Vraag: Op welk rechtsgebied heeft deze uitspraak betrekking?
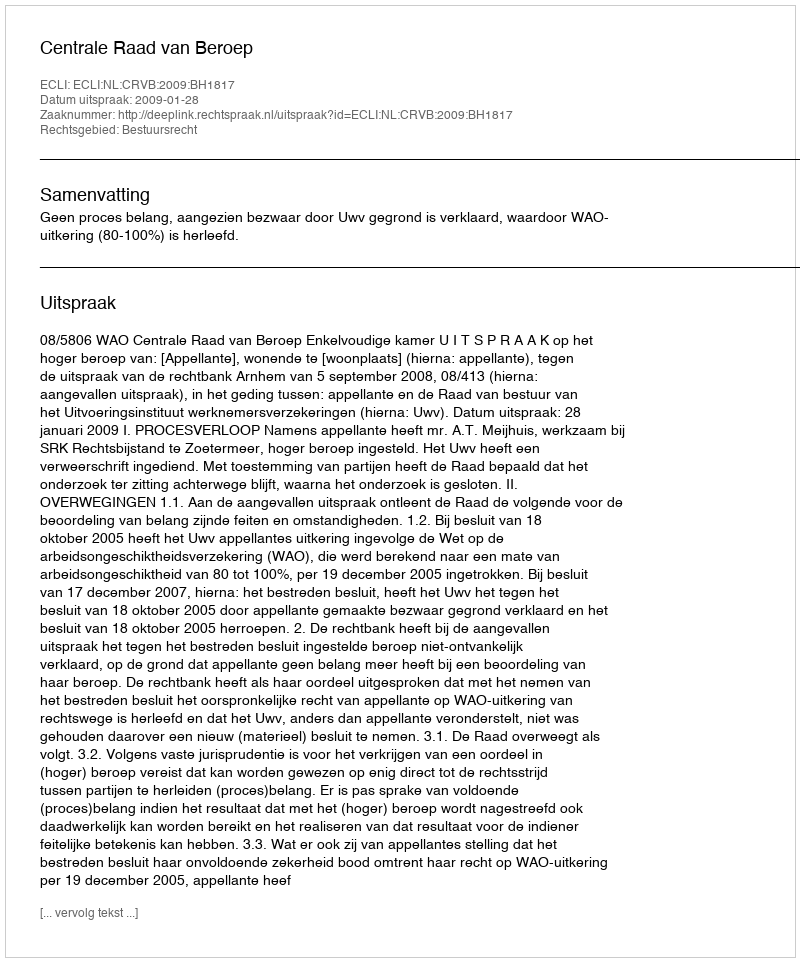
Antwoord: Bestuursrecht